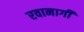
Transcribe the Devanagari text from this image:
रवानागी